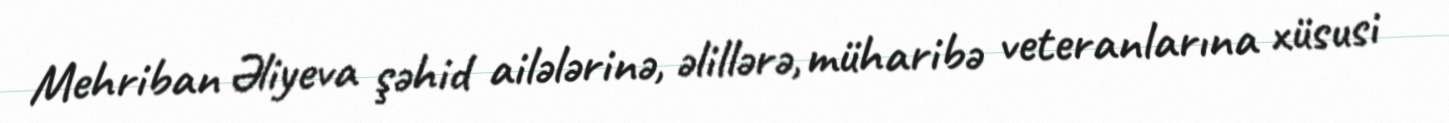
Mehriban Əliyeva şəhid ailələrinə, əlillərə, müharibə veteranlarına xüsusi